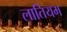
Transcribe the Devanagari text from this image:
लातियम